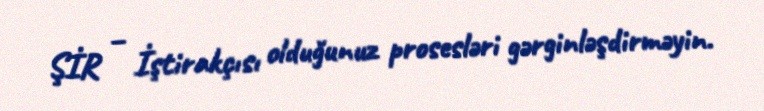
ŞİR – İştirakçısı olduğunuz prosesləri gərginləşdirməyin.